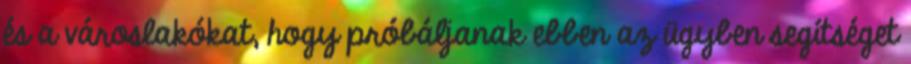
és a városlakókat, hogy próbáljanak ebben az ügyben segítséget